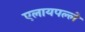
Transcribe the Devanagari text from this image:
एलायपल्ले